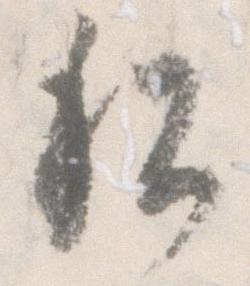
私